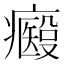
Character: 𤻢